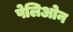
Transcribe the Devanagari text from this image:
पेलिओन